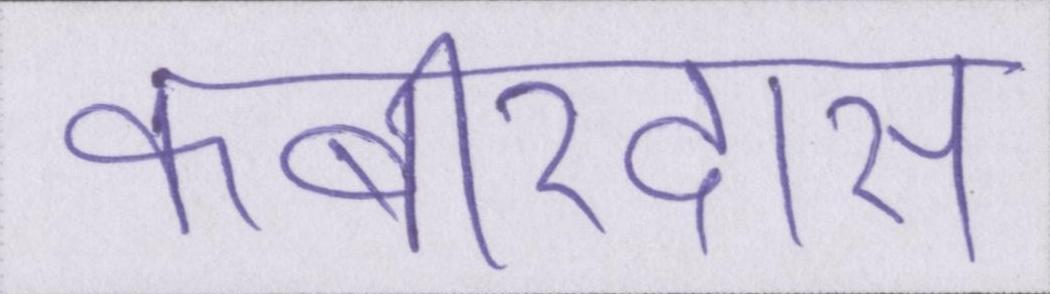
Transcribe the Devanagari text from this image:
कबीरदास